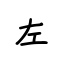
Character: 左